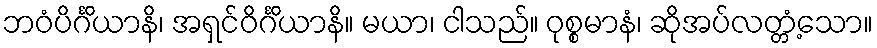
ဘဝံပိင်္ဂိယာနိ၊ အရှင်ဝိင်္ဂိယာနိ။ မယာ၊ ငါသည်။ ဝုစ္စမာနံ၊ ဆိုအပ်လတ္တံ့သော။